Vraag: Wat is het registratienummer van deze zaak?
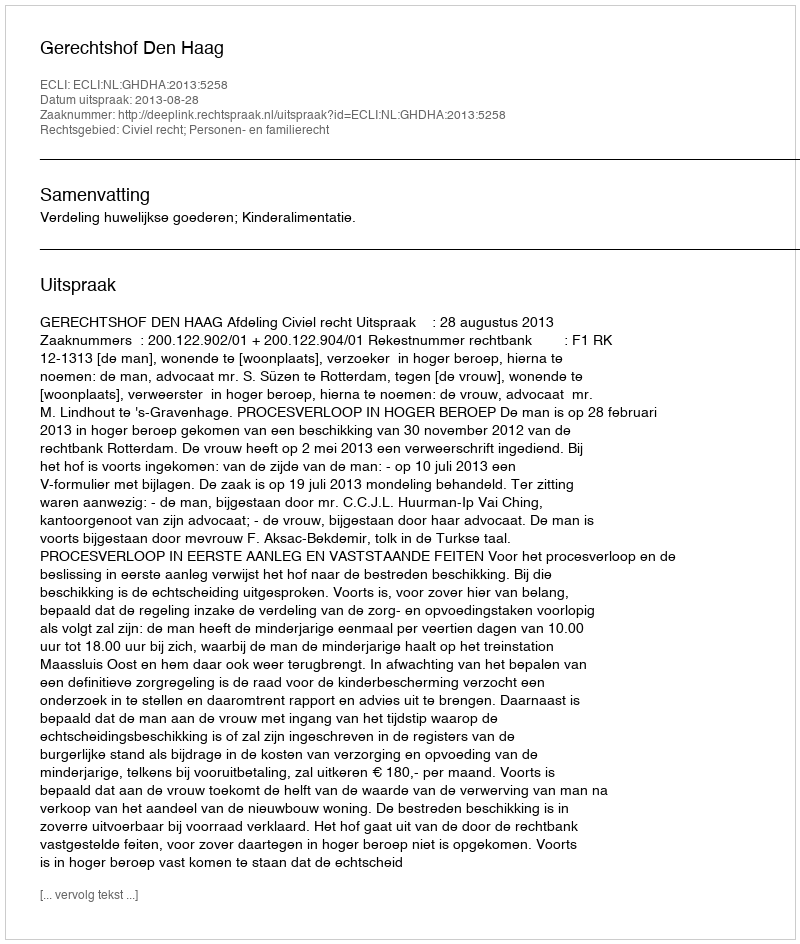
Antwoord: http://deeplink.rechtspraak.nl/uitspraak?id=ECLI:NL:GHDHA:2013:5258